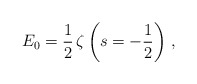
\begin{align*} E_0=\frac{1}{2}\, \zeta\left(s=-\frac{1}{2}\right)\,,\end{align*}